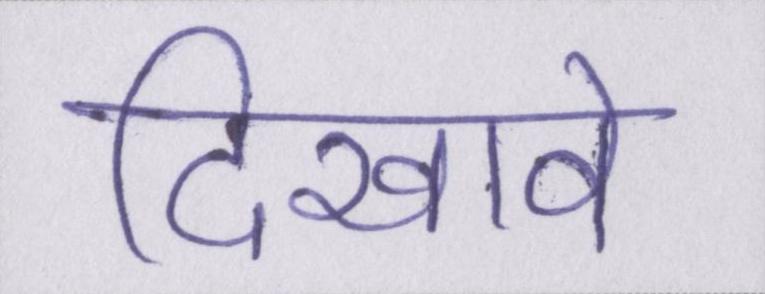
दिखावे